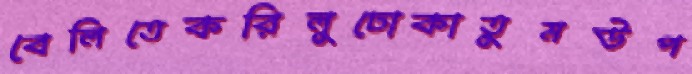
বেলিতেকরিলুঢোকাতুমউপ